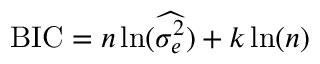
\mathrm { B I C } = n \ln ( { \widehat { \sigma _ { e } ^ { 2 } } } ) + k \ln ( n )